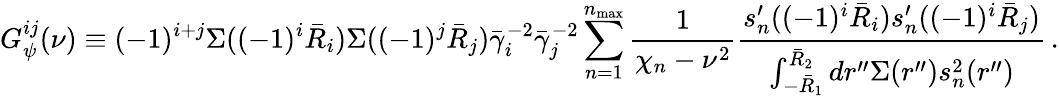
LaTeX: G_{\psi}^{ij}(\nu)\equiv(-1)^{i+j}\Sigma((-1)^{i}\bar{R}_{i})\Sigma((-1)^{j}\bar{R}_{j})\bar{\gamma}_{i}^{-2}\bar{\gamma}_{j}^{-2}\sum_{n=1}^{n_{\mathrm{max}}}\frac{1}{\chi_{n}-\nu^{2}}\frac{s_{n}^{\prime}((-1)^{i}\bar{R}_{i})s_{n}^{\prime}((-1)^{i}\bar{R}_{j})}{\int_{-\bar{R}_{1}}^{\bar{R}_{2}}dr^{\prime\prime}\Sigma(r^{\prime\prime})s_{n}^{2}(r^{\prime\prime})}\, .